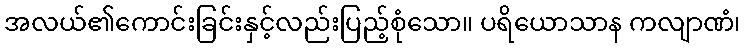
အလယ်၏ကောင်းခြင်းနှင့်လည်းပြည့်စုံသော။ ပရိယောသာန ကလျာဏံ၊